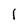
Character: I